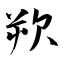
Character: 欮